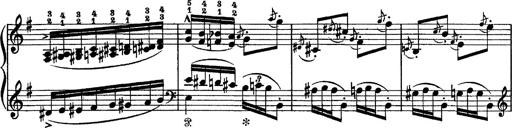
Title: Tarantelle di bravura dâ€™aprÃ¨s la tarantelle de La muette de Portici
Composer: Franz Liszt